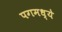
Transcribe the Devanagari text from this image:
पगमध्ये